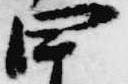
四